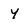
Character: Y